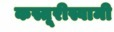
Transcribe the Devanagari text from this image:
कस्तूरीस्वामी